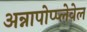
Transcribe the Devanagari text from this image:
अन्नापोप्प्लेवेल